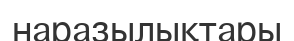
наразылықтары